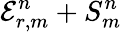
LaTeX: \mathcal{E}_{r,m}^{n}+S_{m}^{n}